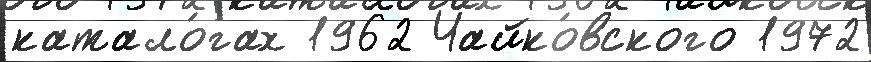
катало́гах 1962 Чайко́вского 1972